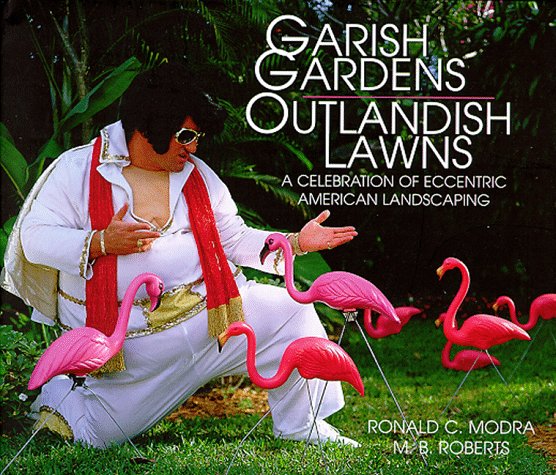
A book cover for Garish Gardens Outlandish Lawns; Ronald C. Modra; Crafts, Hobbies & Home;